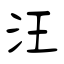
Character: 汪